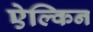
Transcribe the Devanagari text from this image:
ऐल्किन